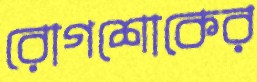
রোগশোকের